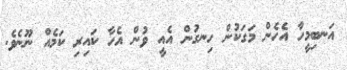
އަނބިމީހާ އެހެން މަގަކުން ހިނގުން އެއީ ވުން އެހާ ކައިރި ކަމެއް ނޫނެވެ.